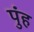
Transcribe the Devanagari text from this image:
पुंह